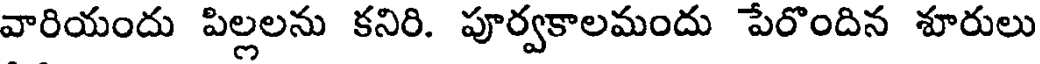
వారియందు పిల్లలను కనిరి. పూర్వకాలమందు పేరొందిన శూరులు